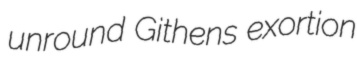
unround Githens exortion